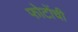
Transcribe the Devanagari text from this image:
फोटोंची